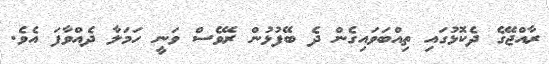
ރާއްޖޭގެ ދެކޮޅުގައި ތިއްބަވައިގެން ދެ ބޭފުޅުން ރޭވެސް ވަނީ ހަމަލާ ދެއްވާފަ އެވެ.